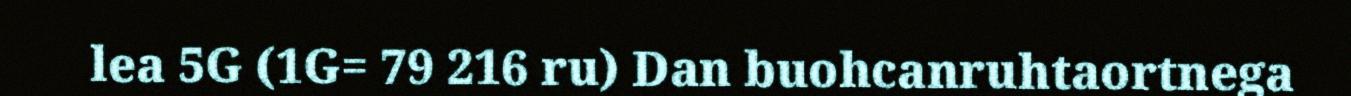
lea 5G (1G= 79 216 ru) Dan buohcanruhtaortnega